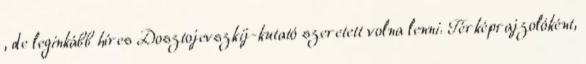
, de leginkább híres Dosztojevszkij-kutató szeretett volna lenni. Térképrajzolóként,